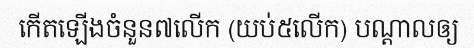
កើតឡើងចំនួន៧លើក (យប់៥លើក) បណ្តាលឲ្យ